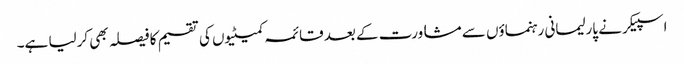
اسپیکر نے پارلیمانی رہنماؤں سے مشاورت کے بعد قائمہ کمیٹیوں کی تقسیم کا فیصلہ بھی کرلیا ہے۔